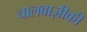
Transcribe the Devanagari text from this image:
चालबाज़ीकी